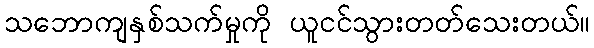
သဘောကျနှစ်သက်မှုကို ယူငင်သွားတတ်သေးတယ်။